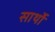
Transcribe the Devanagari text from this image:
सार्थो